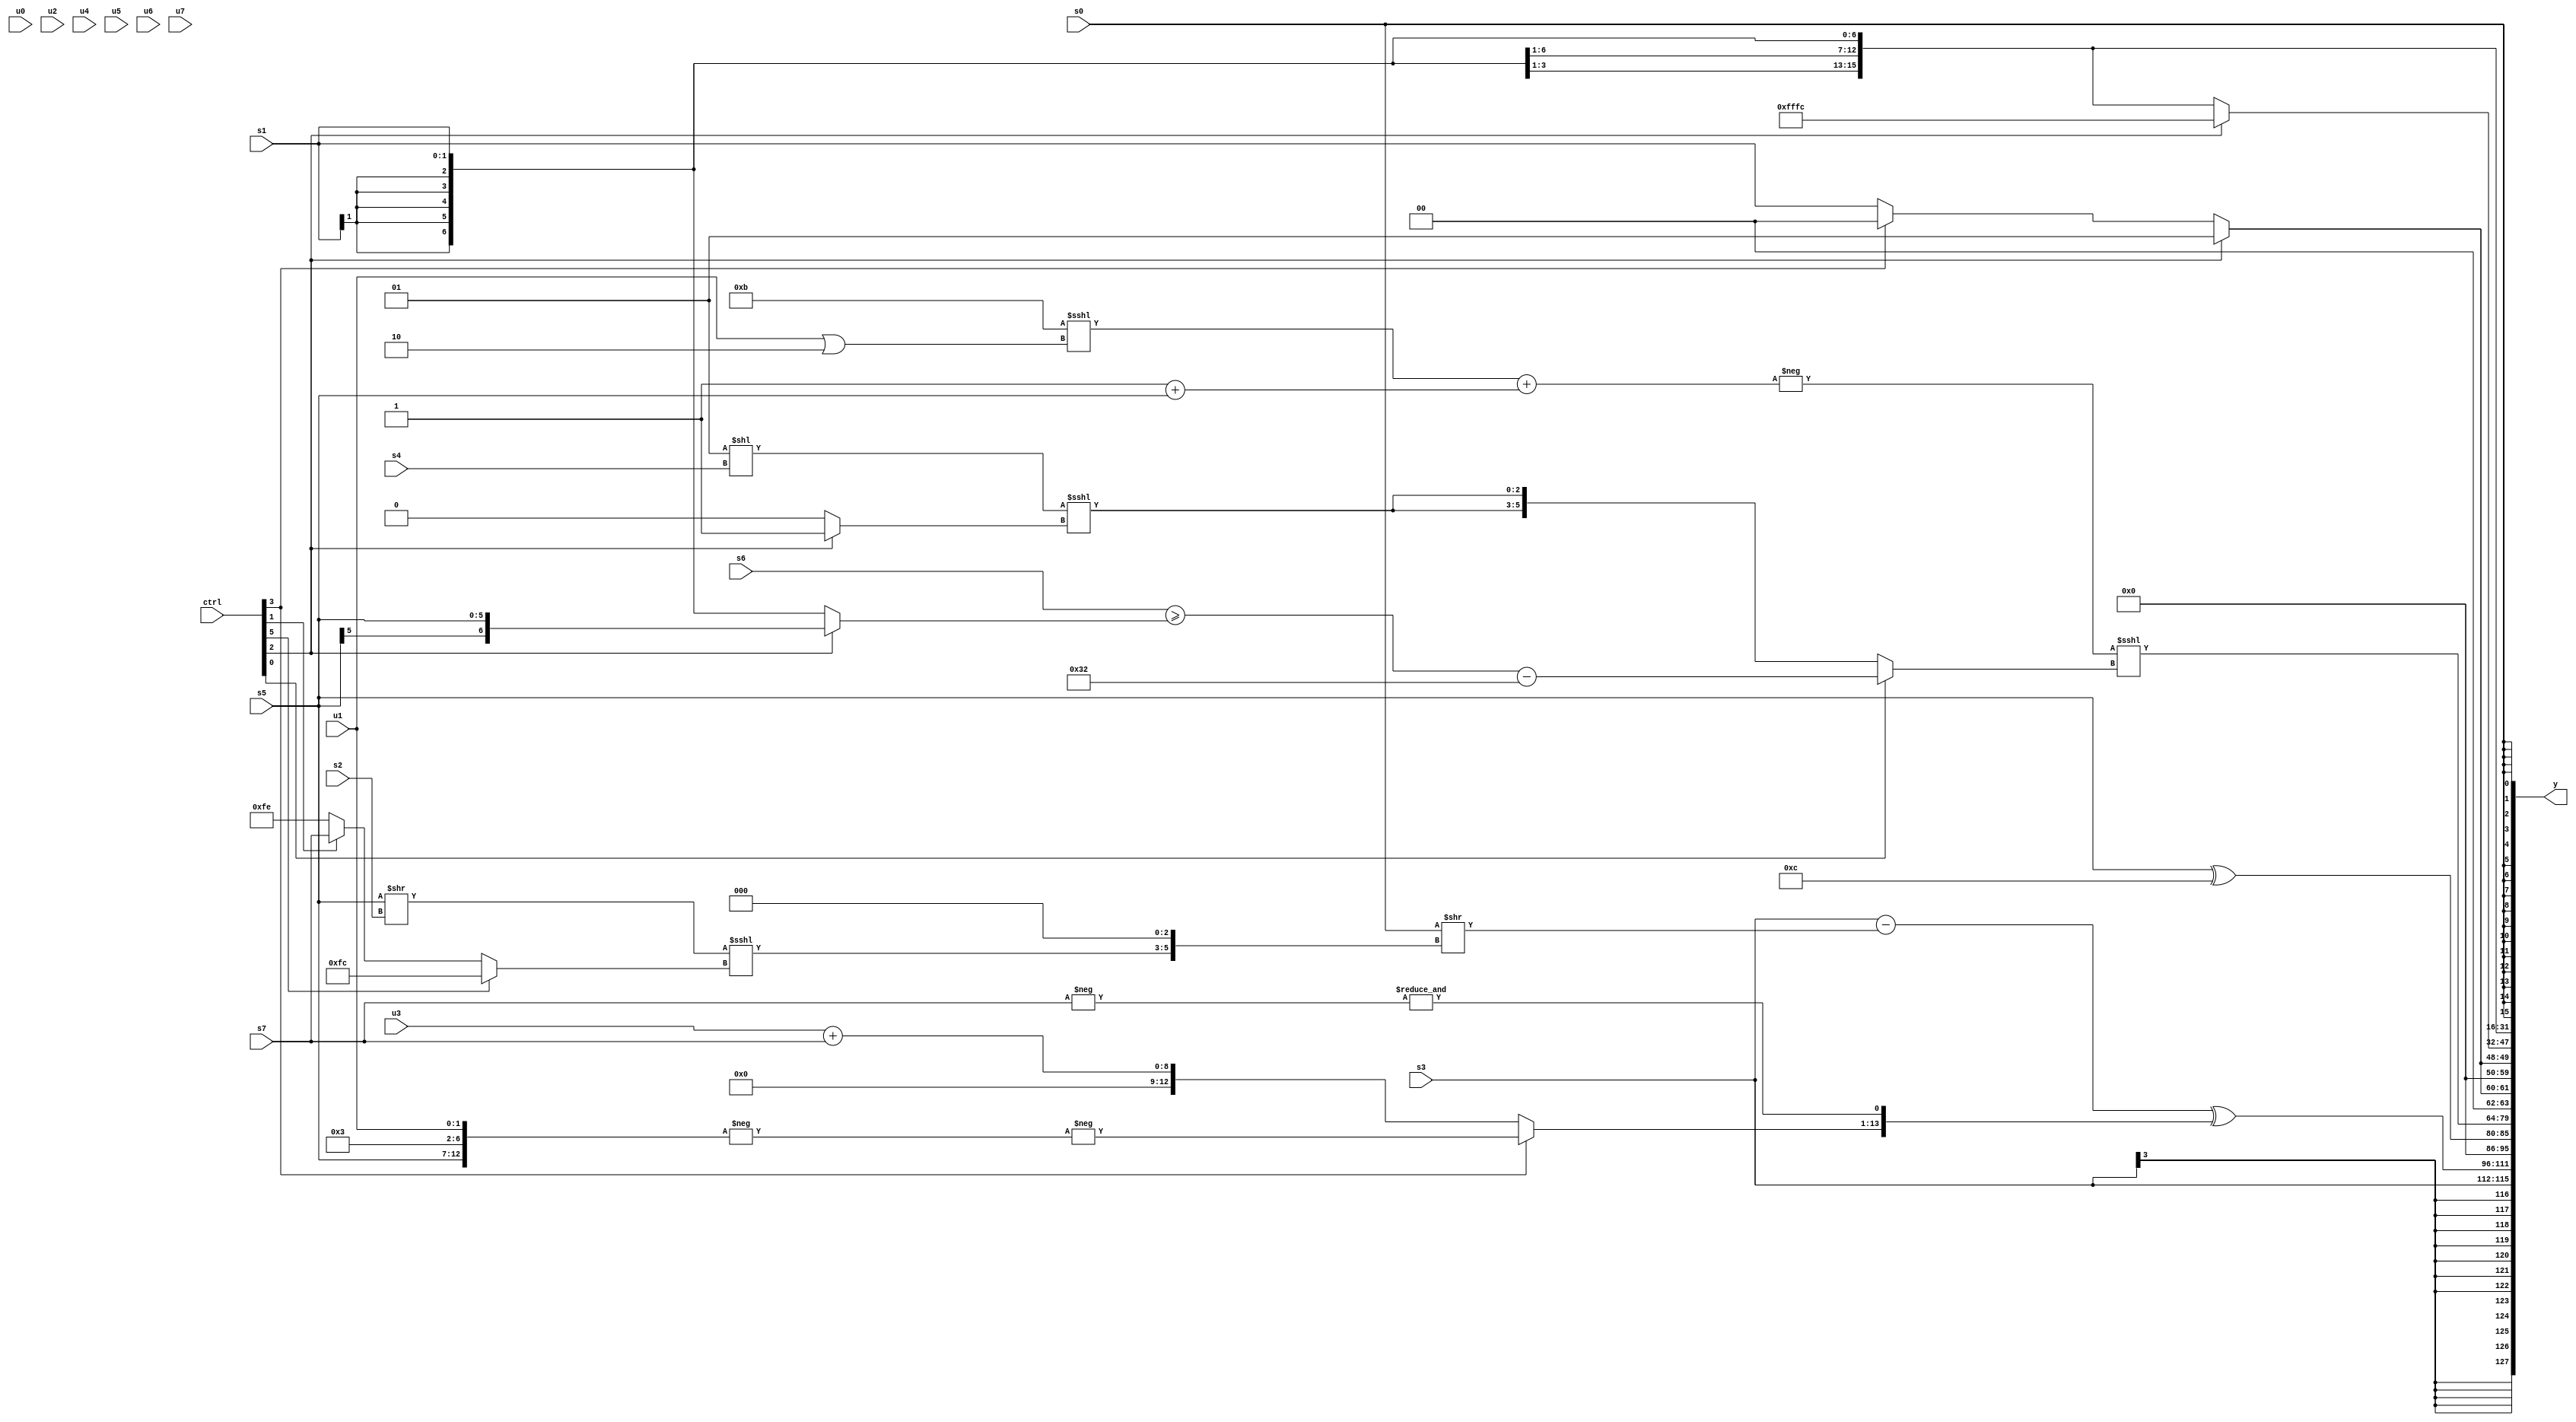
module wideexpr_00185(ctrl, u0, u1, u2, u3, u4, u5, u6, u7, s0, s1, s2, s3, s4, s5, s6, s7, y);
  input [7:0] ctrl;
  input [0:0] u0;
  input [1:0] u1;
  input [2:0] u2;
  input [3:0] u3;
  input [4:0] u4;
  input [5:0] u5;
  input [6:0] u6;
  input [7:0] u7;
  input signed [0:0] s0;
  input signed [1:0] s1;
  input signed [2:0] s2;
  input signed [3:0] s3;
  input signed [4:0] s4;
  input signed [5:0] s5;
  input signed [6:0] s6;
  input signed [7:0] s7;
  output [127:0] y;
  wire [15:0] y0;
  wire [15:0] y1;
  wire [15:0] y2;
  wire [15:0] y3;
  wire [15:0] y4;
  wire [15:0] y5;
  wire [15:0] y6;
  wire [15:0] y7;
  assign y = {y0,y1,y2,y3,y4,y5,y6,y7};
  assign y0 = $signed(s3);
  assign y1 = (({1{+(s3)}})-((s0)>>(((($signed((s5)>>(1'sb0)))>>(s2))<<<((ctrl[5]?3'sb100:$signed((ctrl[1]?s7:5'sb11110)))))<<(4'sb0011))))^({$signed((ctrl[3]?-(-({$signed(s5),5'sb00011,+(u1)})):(u3)+(s7))),&({1{-(s7)}})});
  assign y2 = +((+($unsigned(s5)))^(5'sb01100));
  assign y3 = +(($signed(-(((6'sb111011)<<<((u1)|(3'sb010)))+((1'sb1)+($signed(s5))))))<<<((ctrl[0]?((s6)>=((ctrl[2]?$signed(s5):s1)))-({6'sb110010}):{2{($unsigned((3'sb001)<<(s4)))<<<((ctrl[2]?2'b01:+(1'sb0)))}})));
  assign y4 = {2{(ctrl[2]?$signed(~&(6'sb011000)):(ctrl[3]?{3{(~(4'b0100))<<(4'sb1100)}}:s1))}};
  assign y5 = (ctrl[2]?(ctrl[2]?($signed($unsigned(3'sb101)))+(-($signed(5'sb00001))):((2'sb10)^~((s1)<<<((6'sb111001)&(s2))))^($signed({-(s3),(3'sb100)>=(s7),$signed(u7),5'sb01011}))):s1);
  assign y6 = s1;
  assign y7 = s0;
endmodule